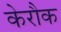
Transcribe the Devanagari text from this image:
केरौक